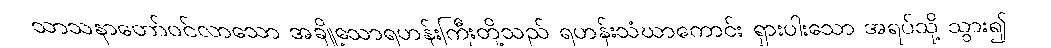
သာသနာတော်ဝင်လာသော အချို့သောရဟန်းကြီးတို့သည် ရဟန်းသံဃာကောင်း ရှားပါးသော အရပ်သို့ သွား၍